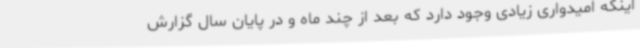
اینکه امیدواری زیادی وجود دارد که بعد از چند ماه و در پایان سال گزارش